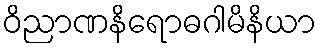
ဝိညာဏနိရောဓဂါမိနိယာ